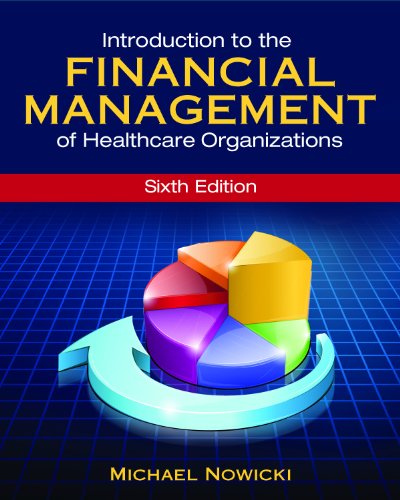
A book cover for Introduction to the Financial Management of Healthcare Organizations, Sixth Edition (Gateway to Healthcare Management); Michael Nowicki; Medical Books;